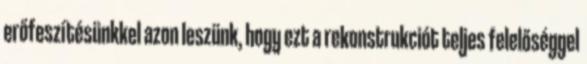
erőfeszítésünkkel azon leszünk, hogy ezt a rekonstrukciót teljes felelőséggel